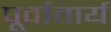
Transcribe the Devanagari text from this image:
पूर्वाचार्य